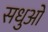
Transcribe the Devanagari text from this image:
सधुओ